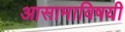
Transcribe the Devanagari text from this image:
आसामाविषयी